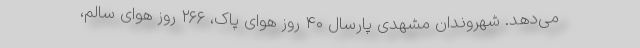
می‌دهد. شهروندان مشهدی پارسال ۴۰ روز هوای پاک، ۲۶۶ روز هوای سالم،